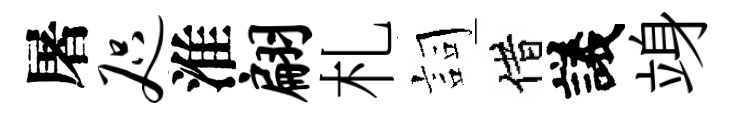
屠咫淮翩札詞借議竧